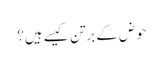
حوض کے برتن کیسے ہیں؟